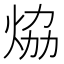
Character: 㶸